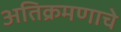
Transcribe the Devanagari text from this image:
अतिक्रमणाचे